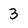
Character: 3